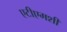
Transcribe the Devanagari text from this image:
एटीएमशी